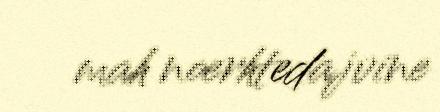
mah noerhtedajvine